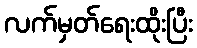
လက်မှတ်ရေးထိုးပြီး